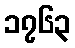
၁၇၆၃